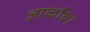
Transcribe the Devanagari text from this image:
ज़ार्कोव।